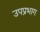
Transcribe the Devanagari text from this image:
उपप्रभाग